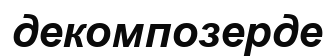
декомпозерде